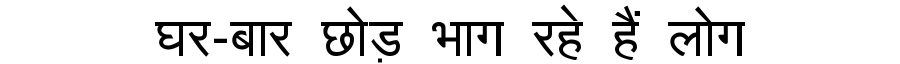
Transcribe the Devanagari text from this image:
घर-बार छोड़ भाग रहे हैं लोग